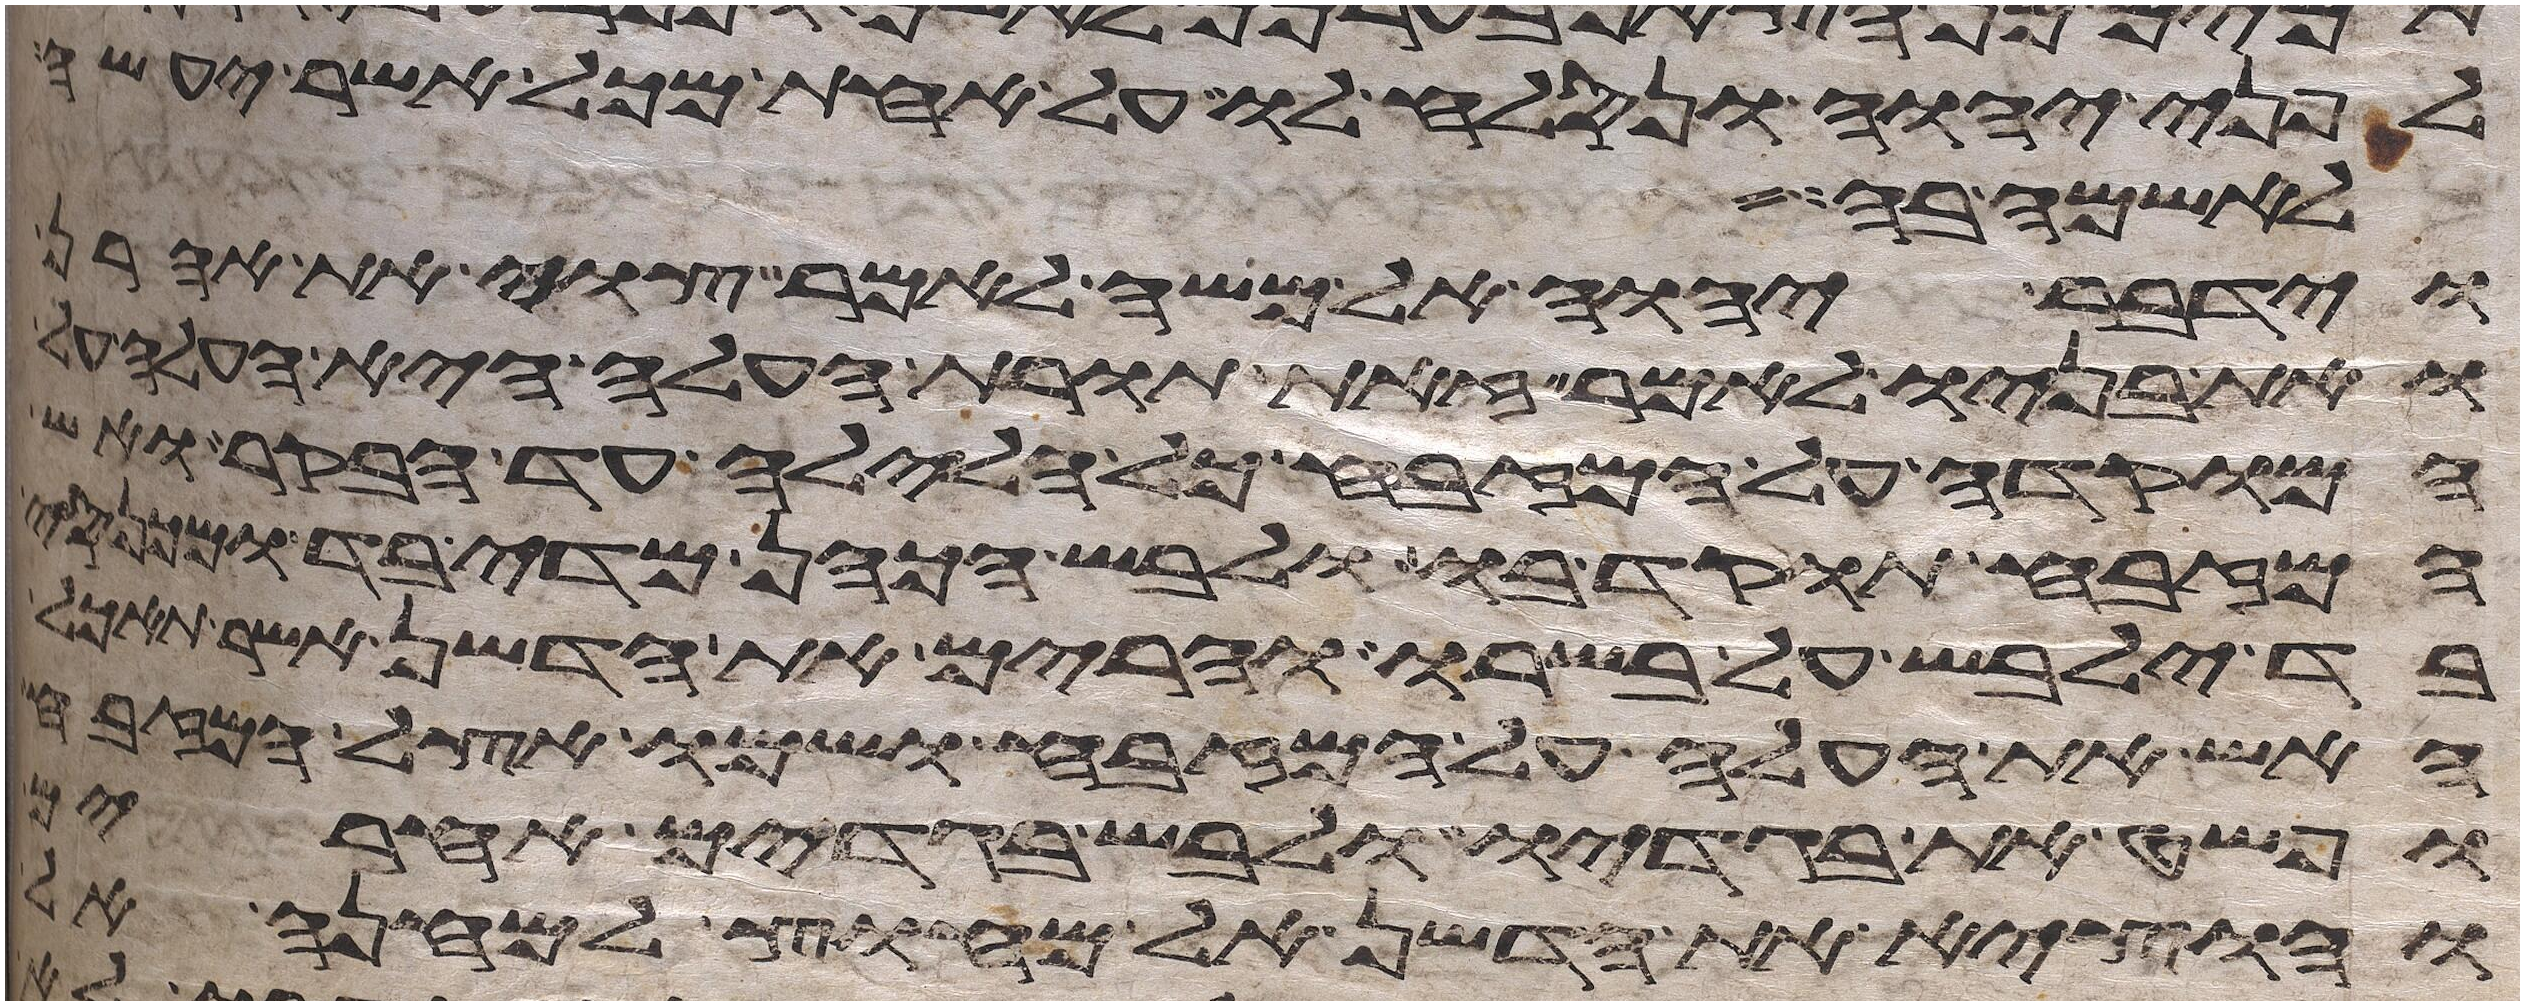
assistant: לפני יהוה ונסלח לו על אחת מכל אשר יעשה
לאשמה בה
וידבר יהוה אל משה לאמר צוי את אהרן
ואת בניו לאמר זאת תורת העלה היא העלה
המוקדה על המזבח כל הלילה עד בקר ואש
המזבח תוקד בו ולבש הכהן מדי בד ומכנסי
בד ילבש על בשרו והרים את הדשן אשר תאכל
האש את העלה על המזבח ושמו אצל המזבח
ופשט את בגדיו ולבש בגדים אחרים
והוציא את הדשן אל מחוץ למחנה אל